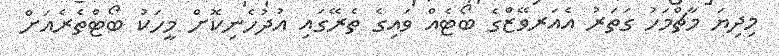
މިދިޔަ މާޗްމަހު ގަތަރު އެއަރވޭޒްގެ ބޯޓެއް ވައިގެ ތެރޭގައި އުދުހެނިކޮށް މީހަކު ބޯޓްތެރެއަށް